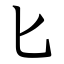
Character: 匕